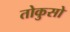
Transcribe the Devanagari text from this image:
तोकुसो